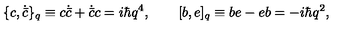
\{ c , \dot { \bar { c } } \} _ { q } \equiv c \dot { \bar { c } } + \dot { \bar { c } } c = i \hbar q ^ { 4 } , \qquad [ b , e ] _ { q } \equiv b e - e b = - i \hbar q ^ { 2 } ,